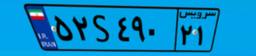
۴۳S۶۳۴۰۴